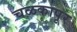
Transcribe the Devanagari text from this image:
चळकापूर